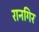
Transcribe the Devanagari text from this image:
रानगिर